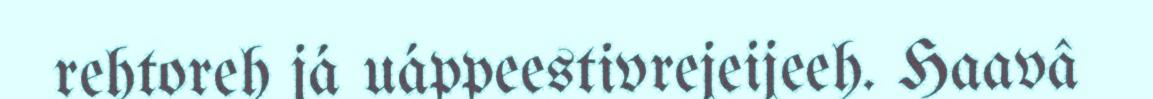
rehtoreh já uáppeestivrejeijeeh. Haavâ